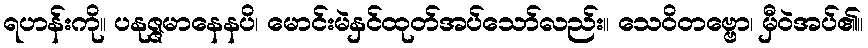
ရဟန်းကို။ ပနုဇ္ဇမာနေနပိ၊ မောင်းမဲနှင်ထုတ်အပ်သော်လည်း။ သေဝိတဗ္ဗော၊ မှီဝဲအပ်၏။